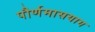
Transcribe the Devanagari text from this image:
पौर्णमासयाग